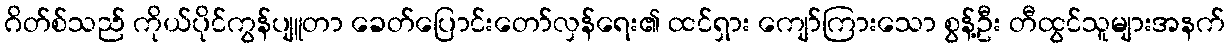
ဂိတ်စ်သည် ကိုယ်ပိုင်ကွန်ပျူတာ ခေတ်ပြောင်းတော်လှန်ရေး၏ ထင်ရှား ကျော်ကြားသော စွန့်ဦး တီထွင်သူများအနက်